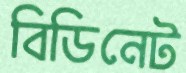
বিডিনেট